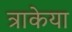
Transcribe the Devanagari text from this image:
त्राकेया